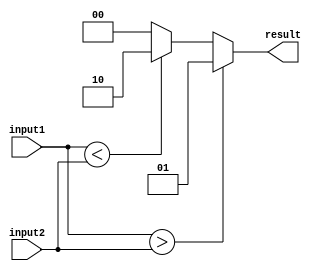
module comparator(
    input [7:0] input1,
    input [7:0] input2,
    output [1:0] result
);

reg [1:0] result;

always @(*) begin
    if (input1 > input2) begin
        result = 2'b01; // input1 is greater than input2
    end else if (input1 < input2) begin
        result = 2'b10; // input1 is less than input2
    end else begin
        result = 2'b00; // input1 is equal to input2
    end
end

endmodule